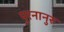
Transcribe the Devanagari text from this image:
पुरनानुरु